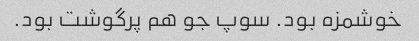
خوشمزه بود. سوپ جو هم پرگوشت بود.